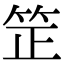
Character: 䇥